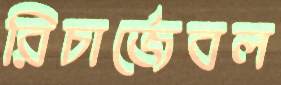
রিচার্জেবল